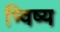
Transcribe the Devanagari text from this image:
भ्विष्य